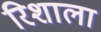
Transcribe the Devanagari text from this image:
रिशाला